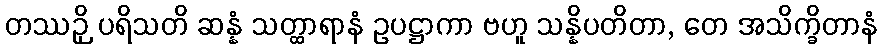
တဿဉှိ ပရိသတိ ဆန္နံ သတ္ထာရာနံ ဥပဋ္ဌာကာ ဗဟူ သန္နိပတိတာ, တေ အသိက္ခိတာနံ